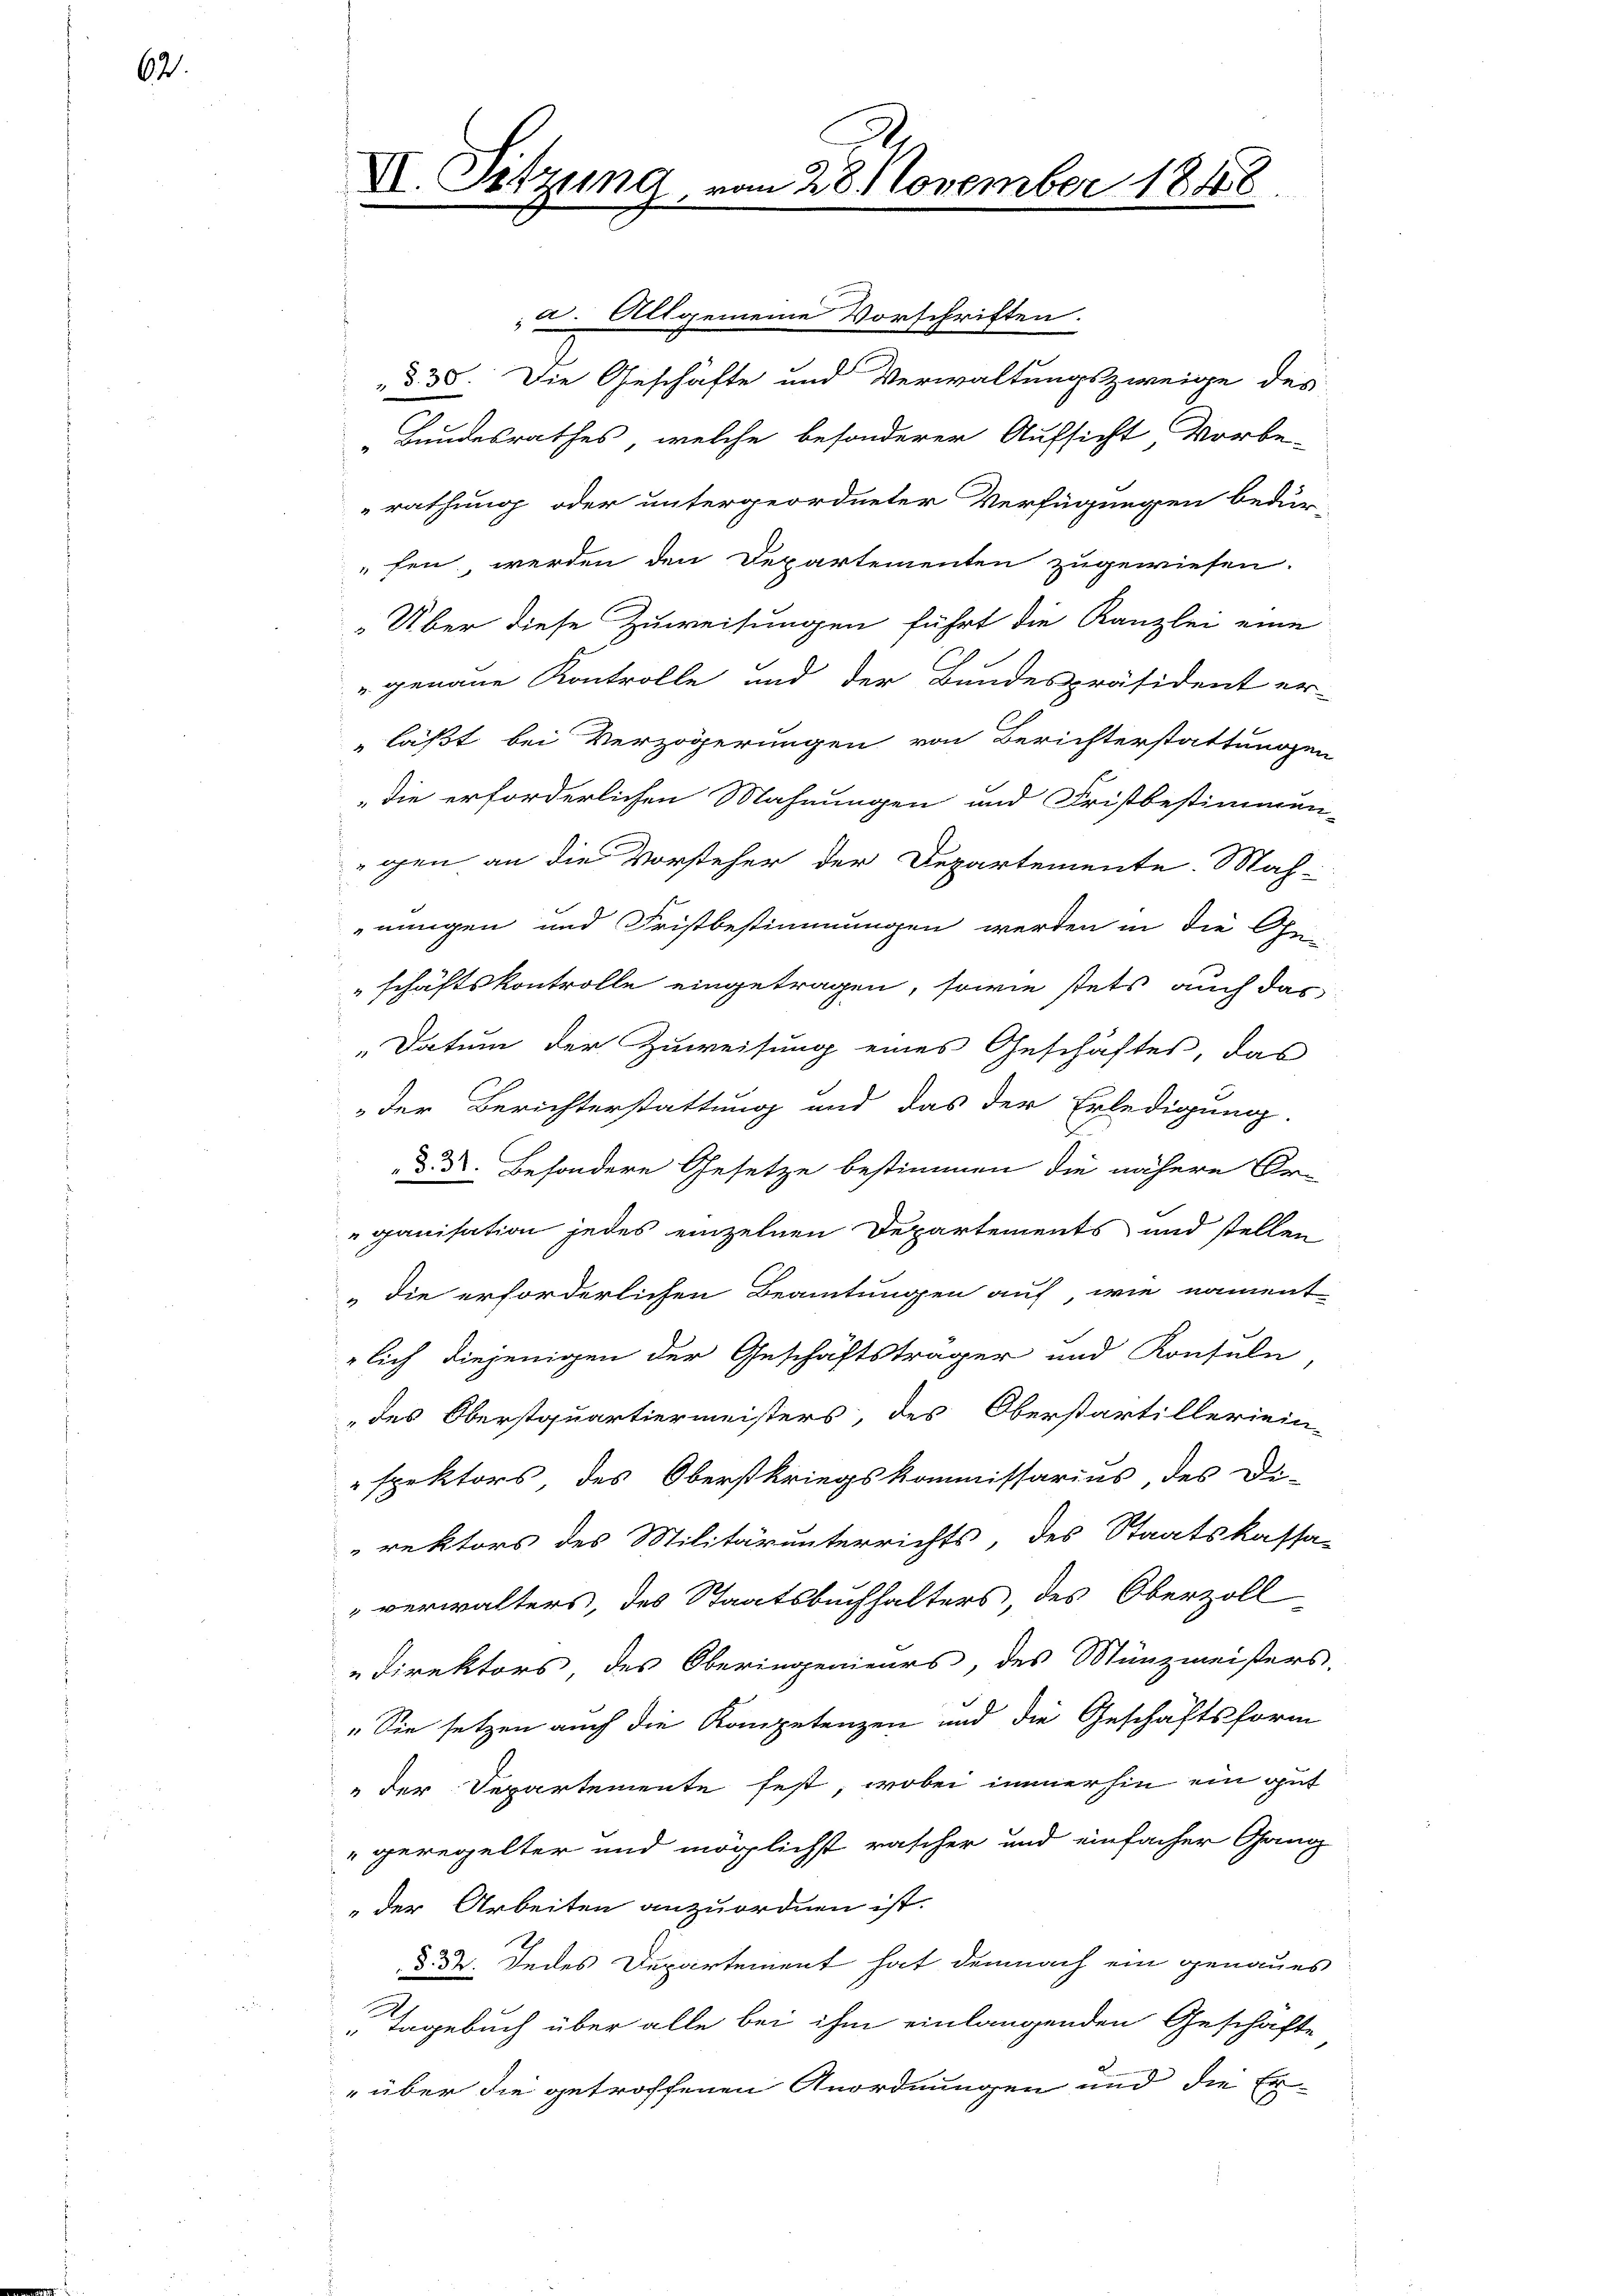
62.

VI. Sitzung vom 28. November 1848.

a. Allgemeine Vorschriften.
§ 38. Die Geschäfte und Verwaltungszweige des
„Bundesrathes, welche besonderer Aufsicht Vorbe-
rathung oder untergeordneter Verfügungen bedur-
fen, werden den Departementen zugewiesen.
„Über diese Zuweisungen führt die Kanzlei eine
" genaue Kontrolle und der Bundespräsident er-
läßt bei Verzögerungen von Berichterstattungen
die erforderlichen Mahnungen und Fristbestimmun-
gen an die Vorsteher der Departemente. Mah-
nungen und Fristbestimmungen werden in die Ge-
schäftskontrolle eingetragen, sowie stets auch das
Datum der Zuweisung eines Geschäftes, das
der Berichterstattung und das der Erledigung.
d. d. Besondere Gesetze bestimmen die nähere Ar-
ganisation jedes einzelnen Departements und stellen
„die erforderlichen Beamtungen auf, wie nament
lich diejenigen der Geschäftsträger und Konsuln,
des Oberstquartiermeisters, des Oberstartilleriein-
spektors, des Oberstkriegskommissarius, der Di-
rektors des Militärunterrichts des Staatskassa-
"verwalters, des Staatsbuchhalters, des Oberzoll
Direktors des Oberingenieurs, des Münzmeisters.
" Sie setzen auch die Kompetenzen und die Geschäftsform
"der Separtemente fest, wobei immerhin ein gut
"geregelter und möglichst rascher und einfacher Gang
der Arbeiten anzuordnen ist.
§. 32. Jedes Departement hat demnach ein genaues
Tagebuch über alle bei ihm einlangenden Geschäfte
"über die getroffenen Anordnungen und die Er-